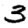
Digit: 3